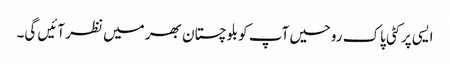
ایسی پر کٹی پاک روحیں آپ کو بلوچستان بھر میں نظر آئیں گی۔